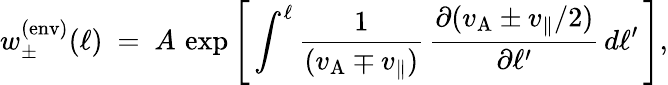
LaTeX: w_{\pm}^{\mathrm{(env)}}(\ell)~=~A\, \exp\left[\, \int^{\ell}\frac{1}{(v_{\mathrm{A}}\mp v_{\parallel})}\, \frac{\partial(v_{\mathrm{A}}\pm v_{\parallel}/2)}{\partial\ell^{\prime}}\, d\ell^{\prime}\, \right],